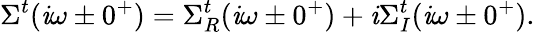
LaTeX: \Sigma^{t}(\mathit{i}\omega\pm0^{+})=\Sigma_{R}^{t}(\mathit{i}\omega\pm0^{+})+\mathit{i}\Sigma_{I}^{t}(\mathit{i}\omega\pm0^{+}).